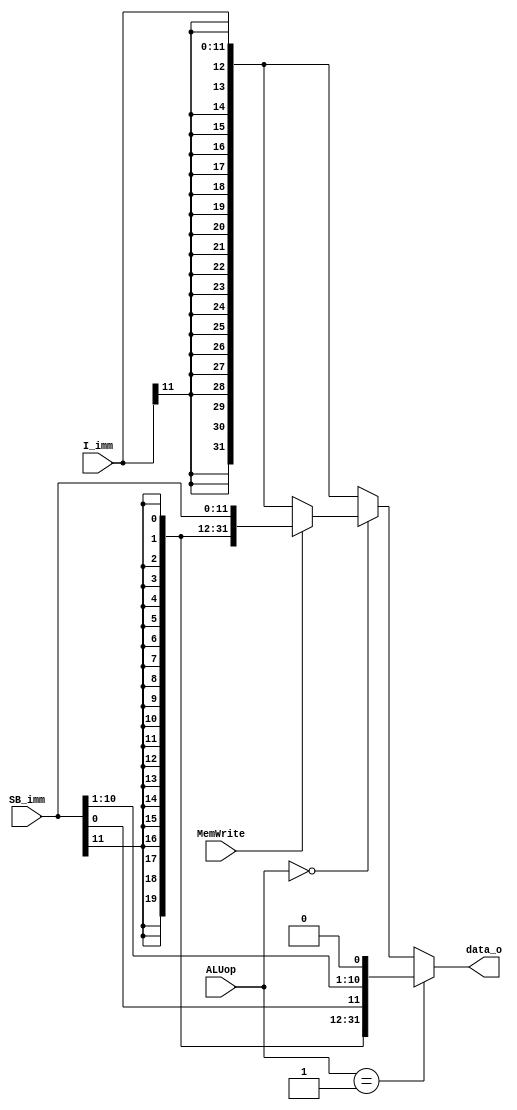
module Imm_Gen(I_imm, SB_imm, ALUop, MemWrite, data_o);

input [11:0] I_imm;
input [11:0] SB_imm;
input [1:0] ALUop;
input MemWrite;
output reg signed[31:0] data_o;
always @ (I_imm or SB_imm or ALUop or MemWrite)
begin
	if (ALUop == 2'b01) begin // beq
		data_o <= {{20{SB_imm[11]}}, SB_imm[0], SB_imm[10:5],SB_imm[4:1], 1'b0}; // 12, 10:5| 4:1, 11
	end
	else if (ALUop == 2'b00 ) begin
		if (MemWrite == 1) // sw
			data_o <= {{20{SB_imm[11]}},SB_imm[11:0]};
		else//lw
			data_o <= {{20{I_imm[11]}},I_imm[11:0]};
	end
	else begin
		data_o <= {{20{I_imm[11]}},I_imm[11:0]};
	end
end
endmodule